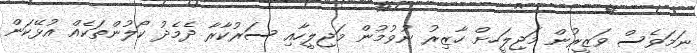
ނަމަވެސް ވަޒީރުން މަޖިލީަހށް ހާޒިރު ނުވުމުން މަޖިލީހާއި ސަރުކާރާ ދެމެދު ކޯލުންތަކެއް އުޅޭކަން